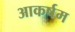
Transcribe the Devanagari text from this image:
आकर्षम